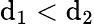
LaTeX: \mathrm{d}_{1}<\mathrm{d}_{2}